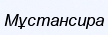
Мұстансира